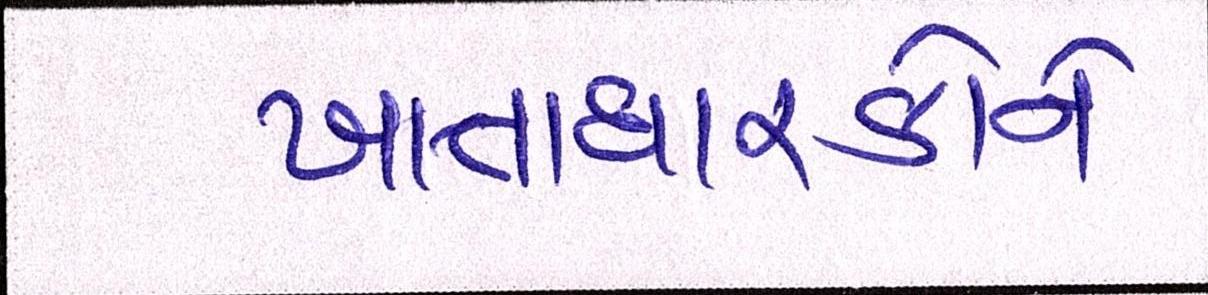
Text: ખાતાધારકોને